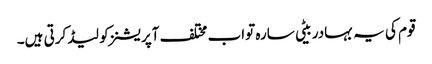
قوم کی یہ بہادر بیٹی سارہ تواب مختلف آپریشنز کو لیڈ کرتی ہیں۔